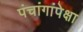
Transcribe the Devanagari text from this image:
पंचांगांपेक्षा